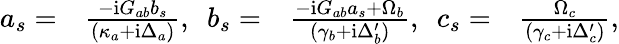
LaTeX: \begin{array}{rlrl}{a_{s}=}&{\frac{-\mathrm{i}G_{ab}b_{s}}{(\kappa_{a}+\mathrm{i}\Delta_{a})},\ \ b_{s}=}&{\frac{-\mathrm{i}G_{ab}a_{s}+\Omega_{b}}{(\gamma_{b}+\mathrm{i}\Delta_{b}^{\prime})},\ \ c_{s}=}&{\frac{\Omega_{c}}{(\gamma_{c}+\mathrm{i}\Delta_{c}^{\prime})},}\end{array}